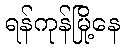
ရန်ကုန်မြို့နေ